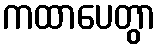
ကထာပေတွာ